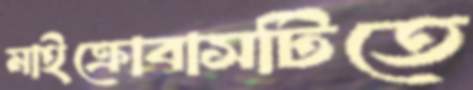
মাইক্রোবাসটিতে